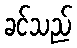
ခင်သည်